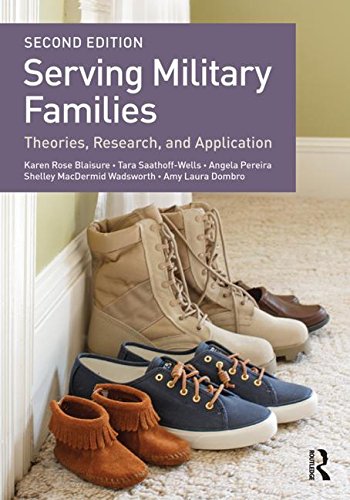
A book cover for Serving Military Families: Theories, Research, and Application (Textbooks in Family Studies); Karen Rose Blaisure; Parenting & Relationships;